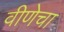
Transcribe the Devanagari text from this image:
वीणेचा